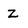
Character: z